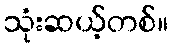
သုံးဆယ့်တစ်။